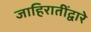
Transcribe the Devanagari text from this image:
जाहिरातींद्वारे